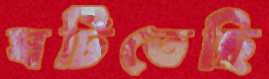
ঘটিতেছি